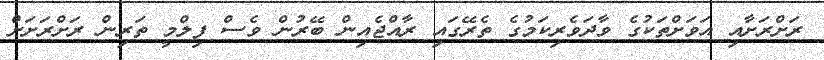
ރަށްރަށާއި އަވަށްތަކުގެ ވާދަވެރިކަމުގެ ތެރޭގައި ރާއްޖެއިން ބޭރުން ވެސް ފިލްމީ ތަރިން ރަށްރަށަށް